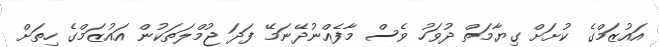
އައުޒަމްގެ ކުށަށް ގިޔާމަތް ދުވަހު ވެސް މާފެއްނުދޭނަމޭ ފަދަ ޖުމްލަތަކުން އައުޒަމްގެ ހިތަށް